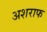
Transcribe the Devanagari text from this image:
अशराफ